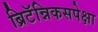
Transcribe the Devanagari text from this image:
ब्रिटॅन्निकसपेक्षा